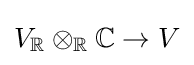
V_{\mathbb {R} }\otimes _{\mathbb {R} }{\mathbb {C} }\to V